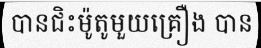
បានជិះម៉ូតូមួយគ្រឿង បាន